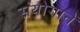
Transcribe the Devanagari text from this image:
संयोगानें